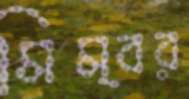
মিম্বর